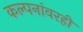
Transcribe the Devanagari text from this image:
कल्पनांवरही